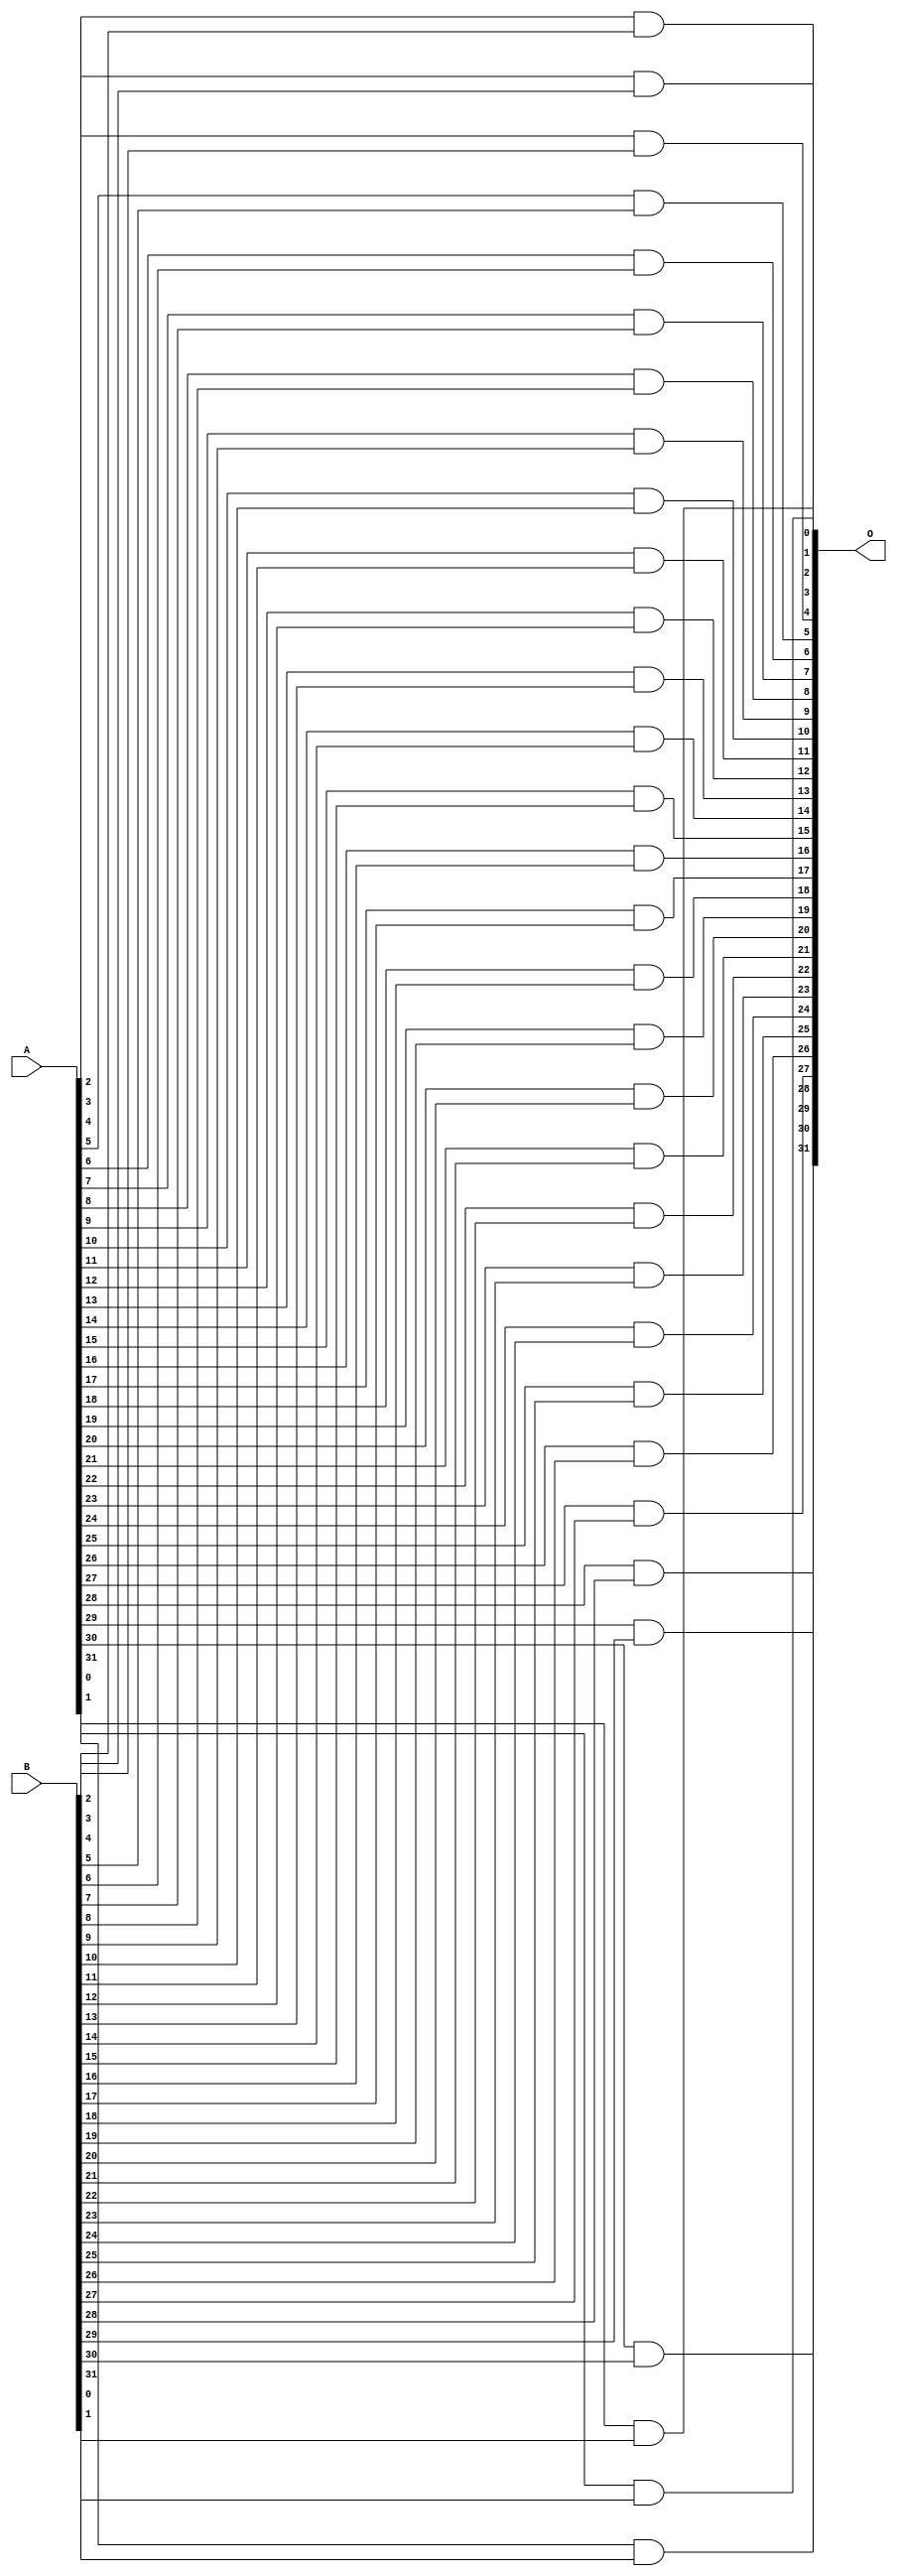
module and_32b(O, A, B);

	input [31:0] A;
	input [31:0] B;

	output [31:0] O;

	and (O[0], A[0], B[0]);
	and (O[1], A[1], B[1]);
	and (O[2], A[2], B[2]);
	and (O[3], A[3], B[3]);
	and (O[4], A[4], B[4]);
	and (O[5], A[5], B[5]);
	and (O[6], A[6], B[6]);
	and (O[7], A[7], B[7]);
	and (O[8], A[8], B[8]);
	and (O[9], A[9], B[9]);
	and (O[10], A[10], B[10]);
	and (O[11], A[11], B[11]);
	and (O[12], A[12], B[12]);
	and (O[13], A[13], B[13]);
	and (O[14], A[14], B[14]);
	and (O[15], A[15], B[15]);
	and (O[16], A[16], B[16]);
	and (O[17], A[17], B[17]);
	and (O[18], A[18], B[18]);
	and (O[19], A[19], B[19]);
	and (O[20], A[20], B[20]);
	and (O[21], A[21], B[21]);
	and (O[22], A[22], B[22]);
	and (O[23], A[23], B[23]);
	and (O[24], A[24], B[24]);
	and (O[25], A[25], B[25]);
	and (O[26], A[26], B[26]);
	and (O[27], A[27], B[27]);
	and (O[28], A[28], B[28]);
	and (O[29], A[29], B[29]);
	and (O[30], A[30], B[30]);
	and (O[31], A[31], B[31]);


endmodule